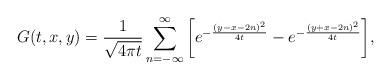
LaTeX: \begin{align*}G(t,x,y)=\frac{1}{\sqrt{4\pi t}}\sum_{n=-\infty}^{\infty}\bigg[e^{-\frac{(y-x-2n)^2}{4t}}-e^{-\frac{(y+x-2n)^2}{4t}}\bigg],\end{align*}